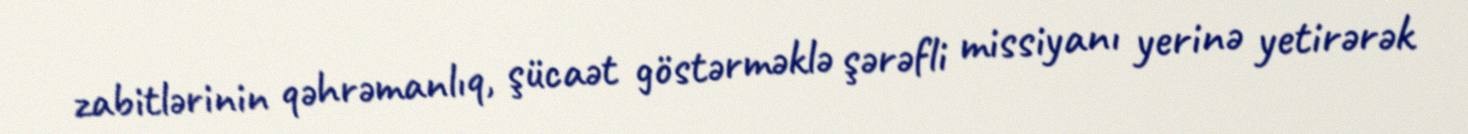
zabitlərinin qəhrəmanlıq, şücaət göstərməklə şərəfli missiyanı yerinə yetirərək